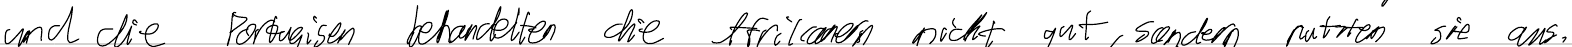
und die Portugiesen behandelten die Afrikaner nicht gut, sondern nutzten sie aus.